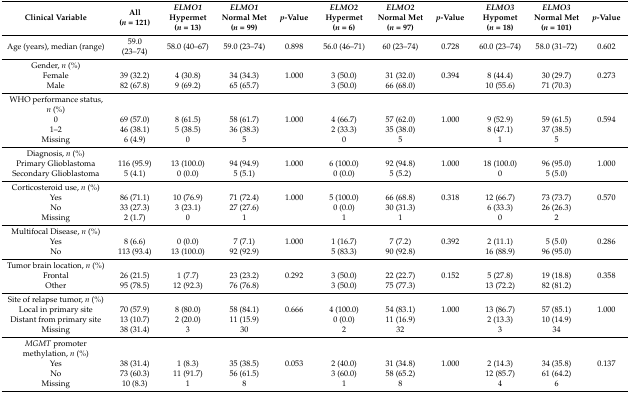
<table><thead><tr><td><b>Clinical Variable </b></td><td><b>All (<i>n</i> = 121)</b></td><td><b><i>ELMO1</i> Hypermet (<i>n</i> = 13)</b></td><td><b><i>ELMO1</i>Normal Met (<i>n</i> = 99)</b></td><td><b><i>p</i>-Value</b></td><td><b><i>ELMO2</i> Hypermet (<i>n</i> = 6)</b></td><td><b><i>ELMO2</i>Normal Met (<i>n</i> = 97)</b></td><td><b><i>p</i>-Value</b></td><td><b><i>ELMO3</i> Hypomet (<i>n</i> = 18)</b></td><td><b><i>ELMO3</i> Normal Met (<i>n</i> = 101)</b></td><td><b><i>p</i>-Value</b></td></tr></thead><tbody><tr><td>Age (years), median (range)</td><td>59.0 (23–74)</td><td>58.0 (40–67)</td><td>59.0 (23–74)</td><td>0.898</td><td>56.0 (46–71)</td><td>60 (23–74)</td><td>0.728</td><td>60.0 (23–74)</td><td>58.0 (31–72)</td><td>0.602</td></tr><tr><td>Gender, <i>n</i> (%)</td><td></td><td></td><td></td><td></td><td></td><td></td><td></td><td></td><td></td><td></td></tr><tr><td>Female</td><td>39 (32.2)</td><td>4 (30.8)</td><td>34 (34.3)</td><td>1.000</td><td>3 (50.0)</td><td>31 (32.0)</td><td>0.394</td><td>8 (44.4)</td><td>30 (29.7)</td><td>0.273</td></tr><tr><td>Male</td><td>82 (67.8)</td><td>9 (69.2)</td><td>65 (65.7)</td><td></td><td>3 (50.0)</td><td>66 (68.0)</td><td></td><td>10 (55.6)</td><td>71 (70.3)</td><td></td></tr><tr><td>WHO performance status, <i>n</i> (%)</td><td></td><td></td><td></td><td></td><td></td><td></td><td></td><td></td><td></td><td></td></tr><tr><td>0</td><td>69 (57.0)</td><td>8 (61.5)</td><td>58 (61.7)</td><td>1.000</td><td>4 (66.7)</td><td>57 (62.0)</td><td>1.000</td><td>9 (52.9)</td><td>59 (61.5)</td><td>0.594</td></tr><tr><td>1–2</td><td>46 (38.1)</td><td>5 (38.5)</td><td>36 (38.3)</td><td></td><td>2 (33.3)</td><td>35 (38.0)</td><td></td><td>8 (47.1)</td><td>37 (38.5)</td><td></td></tr><tr><td>Missing</td><td>6 (4.9)</td><td>0</td><td>5</td><td></td><td>0</td><td>5</td><td></td><td>1</td><td>5</td><td></td></tr><tr><td>Diagnosis, <i>n</i> (%)</td><td></td><td></td><td></td><td></td><td></td><td></td><td></td><td></td><td></td><td></td></tr><tr><td>Primary Glioblastoma</td><td>116 (95.9)</td><td>13 (100.0)</td><td>94 (94.9)</td><td>1.000</td><td>6 (100.0)</td><td>92 (94.8)</td><td>1.000</td><td>18 (100.0)</td><td>96 (95.0)</td><td>1.000</td></tr><tr><td>Secondary Glioblastoma</td><td>5 (4.1)</td><td>0 (0.0)</td><td>5 (5.1)</td><td></td><td>0 (0.0)</td><td>5 (5.2)</td><td></td><td>0</td><td>5 (5.0)</td><td></td></tr><tr><td>Corticosteroid use, <i>n</i> (%)</td><td></td><td></td><td></td><td></td><td></td><td></td><td></td><td></td><td></td><td></td></tr><tr><td>Yes</td><td>86 (71.1)</td><td>10 (76.9)</td><td>71 (72.4)</td><td>1.000</td><td>5 (100.0)</td><td>66 (68.8)</td><td>0.318</td><td>12 (66.7)</td><td>73 (73.7)</td><td>0.570</td></tr><tr><td>No</td><td>33 (27.3)</td><td>3 (23.1)</td><td>27 (27.6)</td><td></td><td>0 (0.0)</td><td>30 (31.3)</td><td></td><td>6 (33.3)</td><td>26 (26.3)</td><td></td></tr><tr><td>Missing</td><td>2 (1.7)</td><td>0</td><td>1</td><td></td><td>1</td><td>1</td><td></td><td>0</td><td>2</td><td></td></tr><tr><td>Multifocal Disease, <i>n</i> (%)</td><td></td><td></td><td></td><td></td><td></td><td></td><td></td><td></td><td></td><td></td></tr><tr><td>Yes</td><td>8 (6.6)</td><td>0 (0.0)</td><td>7 (7.1)</td><td>1.000</td><td>1 (16.7)</td><td>7 (7.2)</td><td>0.392</td><td>2 (11.1)</td><td>5 (5.0)</td><td>0.286</td></tr><tr><td>No</td><td>113 (93.4)</td><td>13 (100.0)</td><td>92 (92.9)</td><td></td><td>5 (83.3)</td><td>90 (92.8)</td><td></td><td>16 (88.9)</td><td>96 (95.0)</td><td></td></tr><tr><td>Tumor brain location, <i>n</i> (%)</td><td></td><td></td><td></td><td></td><td></td><td></td><td></td><td></td><td></td><td></td></tr><tr><td>Frontal</td><td>26 (21.5)</td><td>1 (7.7)</td><td>23 (23.2)</td><td>0.292</td><td>3 (50.0)</td><td>22 (22.7)</td><td>0.152</td><td>5 (27.8)</td><td>19 (18.8)</td><td>0.358</td></tr><tr><td>Other</td><td>95 (78.5)</td><td>12 (92.3)</td><td>76 (76.8)</td><td></td><td>3 (50.0)</td><td>75 (77.3)</td><td></td><td>13 (72.2)</td><td>82 (81.2)</td><td></td></tr><tr><td>Site of relapse tumor, <i>n</i> (%)</td><td></td><td></td><td></td><td></td><td></td><td></td><td></td><td></td><td></td><td></td></tr><tr><td>Local in primary site</td><td>70 (57.9)</td><td>8 (80.0)</td><td>58 (84.1)</td><td>0.666</td><td>4 (100.0)</td><td>54 (83.1)</td><td>1.000</td><td>13 (86.7)</td><td>57 (85.1)</td><td>1.000</td></tr><tr><td>Distant from primary site</td><td>13 (10.7)</td><td>2 (20.0)</td><td>11 (15.9)</td><td></td><td>0 (0.0)</td><td>11 (16.9)</td><td></td><td>2 (13.3)</td><td>10 (14.9)</td><td></td></tr><tr><td>Missing</td><td>38 (31.4)</td><td>3</td><td>30</td><td></td><td>2</td><td>32</td><td></td><td>3</td><td>34</td><td></td></tr><tr><td><i>MGMT</i> promoter methylation, <i>n</i> (%)</td><td></td><td></td><td></td><td></td><td></td><td></td><td></td><td></td><td></td><td></td></tr><tr><td>Yes</td><td>38 (31.4)</td><td>1 (8.3)</td><td>35 (38.5)</td><td>0.053</td><td>2 (40.0)</td><td>31 (34.8)</td><td>1.000</td><td>2 (14.3)</td><td>34 (35.8)</td><td>0.137</td></tr><tr><td>No</td><td>73 (60.3)</td><td>11 (91.7)</td><td>56 (61.5)</td><td></td><td>3 (60.0)</td><td>58 (65.2)</td><td></td><td>12 (85.7)</td><td>61 (64.2)</td><td></td></tr><tr><td>Missing</td><td>10 (8.3)</td><td>1</td><td>8</td><td></td><td>1</td><td>8</td><td></td><td>4</td><td>6</td><td></td></tr></tbody></table>